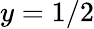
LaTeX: y=1/2